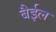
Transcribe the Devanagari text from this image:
बैईल